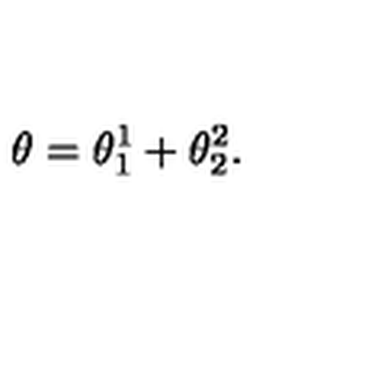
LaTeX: \theta = \theta _ { 1 } ^ { 1 } + \theta _ { 2 } ^ { 2 } .